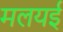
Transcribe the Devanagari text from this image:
मलयई